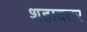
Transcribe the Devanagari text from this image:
शहादतर